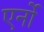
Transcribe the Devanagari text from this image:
एर्नो